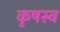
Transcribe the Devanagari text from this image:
कृषस्व